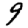
Digit: 9